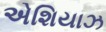
એશિયાઝ